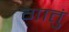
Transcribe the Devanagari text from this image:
गातुं